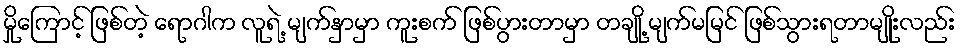
မှိုကြောင့် ဖြစ်တဲ့ ရောဂါက လူရဲ့ မျက်နှာမှာ ကူးစက် ဖြစ်ပွားတာမှာ တချို့ မျက်မမြင် ဖြစ်သွားရတာမျိုးလည်း